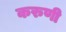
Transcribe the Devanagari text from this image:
करुणी